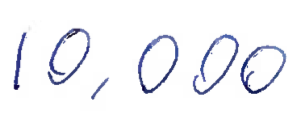
Text: 10,000
Cross-out: clean
Writing tool: ballpoint